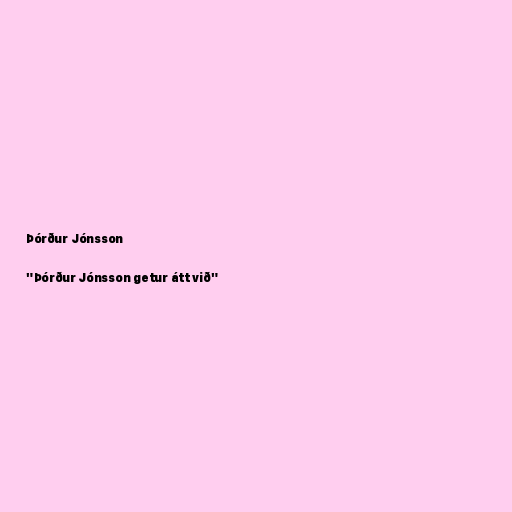
Þórður Jónsson

"Þórður Jónsson getur átt við"